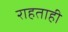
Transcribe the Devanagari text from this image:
राहताही